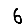
Digit: 6